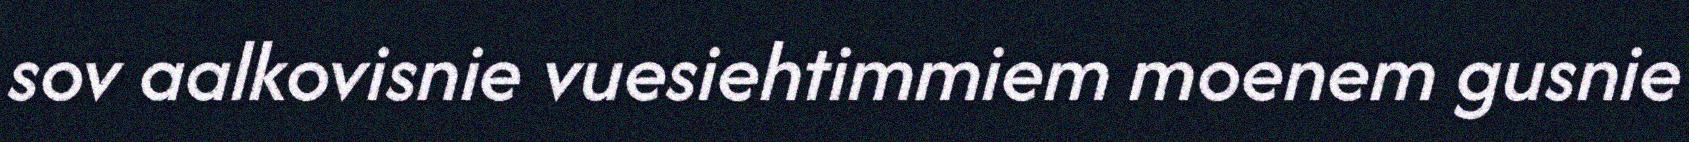
sov aalkovisnie vuesiehtimmiem moenem gusnie